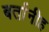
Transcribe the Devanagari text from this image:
बर्तानीह